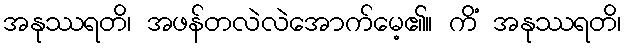
အနုဿရတိ၊ အဖန်တလဲလဲအောက်မေ့၏။ ကိံ အနုဿရတိ၊